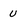
Character: U